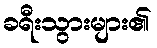
ခရီးသွားများ၏